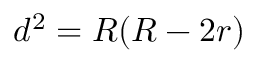
\displaystyle d ^ { 2 } = R ( R - 2 r )